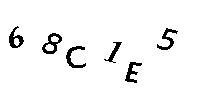
68C1E5